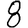
Digit: 8